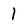
Character: 1